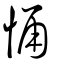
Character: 愑